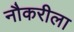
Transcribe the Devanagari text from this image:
नौकरीला